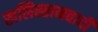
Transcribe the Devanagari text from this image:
खलिस्तानवादी